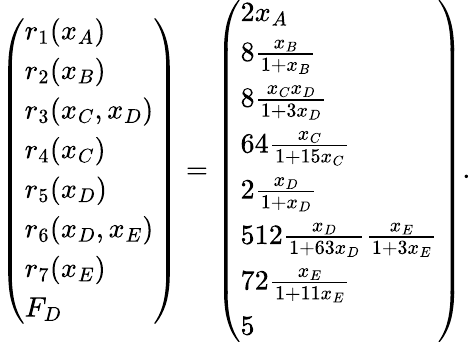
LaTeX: \left(\begin{array}{l}{r_{1}(x_{A})}\\ {r_{2}(x_{B})}\\ {r_{3}(x_{C},x_{D})}\\ {r_{4}(x_{C})}\\ {r_{5}(x_{D})}\\ {r_{6}(x_{D},x_{E})}\\ {r_{7}(x_{E})}\\ {F_{D}}\end{array}\right)=\left(\begin{array}{l}{2x_{A}}\\ {8\frac{x_{B}}{1+x_{B}}}\\ {8\frac{x_{C}x_{D}}{1+3x_{D}}}\\ {64\frac{x_{C}}{1+15x_{C}}}\\ {2\frac{x_{D}}{1+x_{D}}}\\ {512\frac{x_{D}}{1+63x_{D}}\frac{x_{E}}{1+3x_{E}}}\\ {72\frac{x_{E}}{1+11x_{E}}}\\ {5}\end{array}\right).